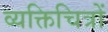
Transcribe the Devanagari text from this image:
व्यक्तिचित्रों